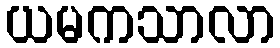
ယမကသာလာ